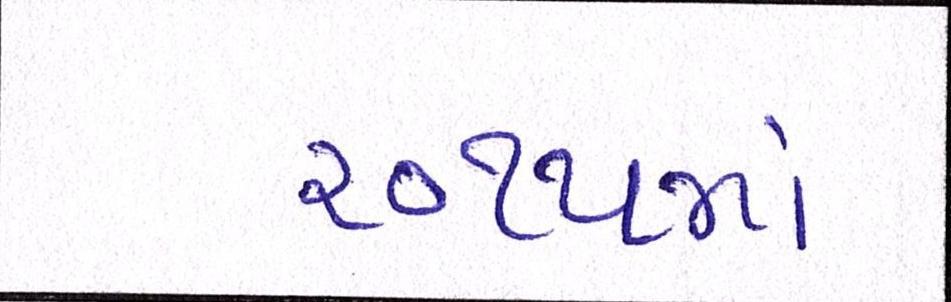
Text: ૨૦૧૫માં